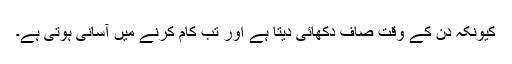
کیونکہ دن کے وقت صاف دکھائی دیتا ہے اور تب کام کرنے میں آسانی ہوتی ہے۔